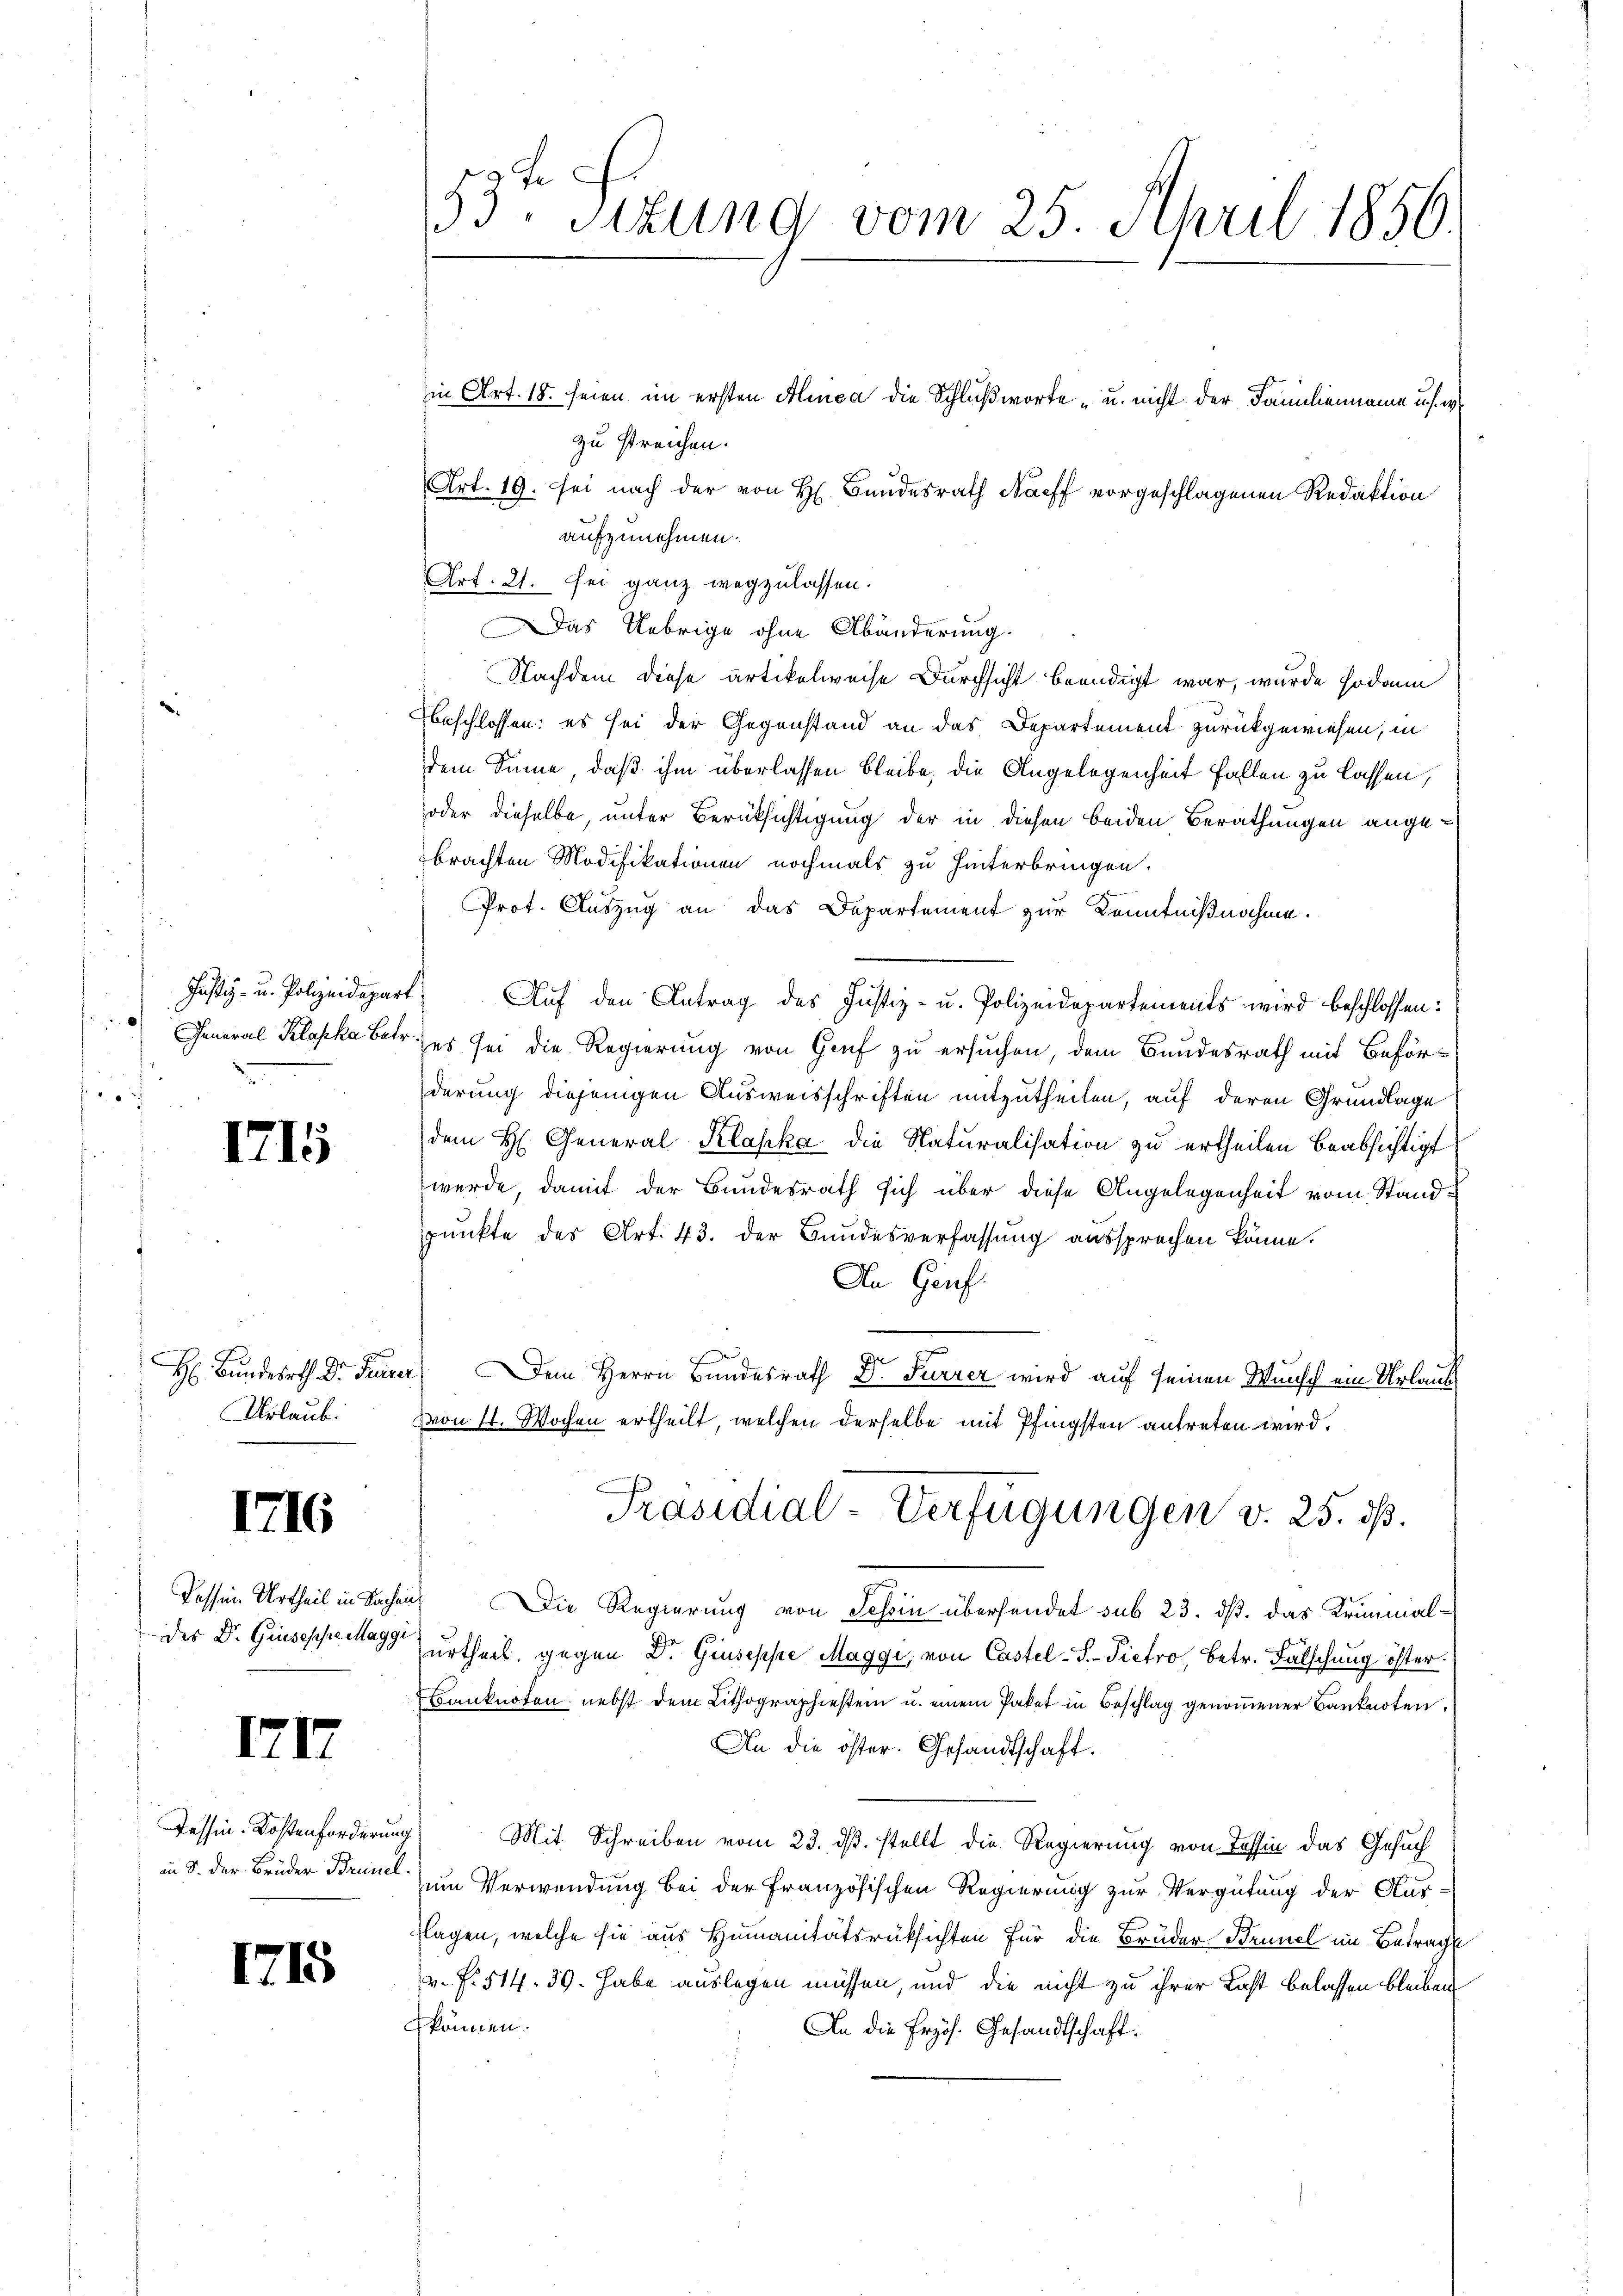
f

1715

Urlaub.

1716

des Dr. Griesesse Maggi

1717

Tessin-Kostenforderung

1715

in Art. 18. seien im ersten Alinea die Schlußworte u. nicht der Familienname uns e
zu streichen.
Art. 19. sei nach der von H. Bundesrath Naeff vorgeschlagenen Redaktion
aufzunehmen.
Art. 21. sei ganz wegzulassen.
Das Uebrige ohne Abänderung.
Nachdem diese artikelweise Durchsicht beendigt war, wurde sodann
beschlossen: es sei der Gegenstand an das Departement zurückgewiesen, in
dem Sinne, daß ihm überlassen bleibe, die Angelegenheit fallen zu lassen,
oder dieselbe, unter Berücksichtigung der in diesen beiden Berathungen angebrachten Modifikationen nochmals zu hinterbringen.
Prot. Auszug an das Departement zur Kenntnißnahme.
Justiz- u. Polizeidepart Auf den Antrag des Justiz- u. Polizeidepartements wird beschlossen:
General Klaska betr. es sei die Regierung von Genf zu ersuchen, dem Bundesrath mit Beförderung diejenigen Ausweisschriften mitzutheilen, auf deren Grundlage
dem H. General Klaska die Naturalisation zu ertheilen beabsichtigt
werde, damit der Bundesrath sich über diese Angelegenheit vom Standspunkte des Art. 43. der Bundesverfassung aussprechen könne.
Da Genf.
H: Bundesrth. Dr. Feurer. Dem Herrn Bundesrath Dr Furrer wird auf seinen Wunsch ein Urlaub
von 11. Wochen ertheilt, welchen derselbe mit Pfingsten antreten wird.
Präsidial-Verfügungen v. 25. ds.
Dessen Urtheil in Sachen Die Regierung von Schin übersendet sub 23. ds. das Kriminalurtheil gegen Dr. Giuseppe Maggi, von Castel-S. Pietro, betr. Falschung öfter.
Banknoton, nebst dem Lithographiestein u. einem Paket in Beschlag genommener Banknoten.
An die öster. Gesandtschaft.
Mit. Schreiben vom 23. ds. stellt die Regierung von Tessin das Gesuch
in 8. der Brüder Brun um Verwendung bei der Französischen Regierung zur Vergütung der Ausflagen, welche sie aus Humanitätsrücksichten für die Bruder Brunel im Betrage
v. f. 514. 30. habe auslegen müssen, und die nicht zu ihrer Last belassen bleiben
können.
An die Erzös. Gesandtschaft.

53. Sitzung vom 25. April 1856.